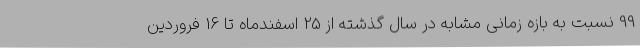
99 نسبت به بازه زمانی مشابه در سال گذشته از 25 اسفندماه تا 16 فروردین